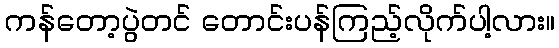
ကန်တော့ပွဲတင် တောင်းပန်ကြည့်လိုက်ပါ့လား။